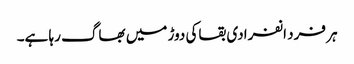
ہر فرد انفرادی بقاکی دوڑ میں بھاگ رہا ہے۔